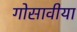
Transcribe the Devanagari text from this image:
गोसावीया